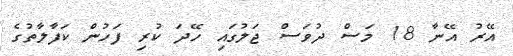
އޭރު އޭނާ 18 މަސް ދުވަސް ޖަލުގައި ހޭދަ ކުރި ފަހުން ކަފާލާތުގެ